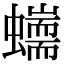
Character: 𧔇